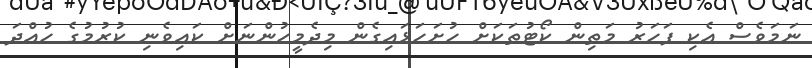
ނަމަވެސް އެކި ފަހަރު މަތިން ކޯޓުތަކަށް ހުށަހަޅައިގެން މިދެމީހުންނަށް ކައިވެނި ކުރުމުގެ ހުއްދަ